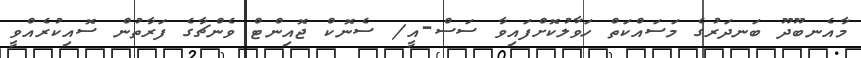
މާއެނބޫދޫ ބަނދަރުގެ މަސައްކަތް ހަވާލުކޮށްފައިވާ ސަސް-އީ/ ސެނޮކް ޖޮއިންޓް ވެންޗާގެ ފަރާތުން ސޮއިކުރެއްވީ